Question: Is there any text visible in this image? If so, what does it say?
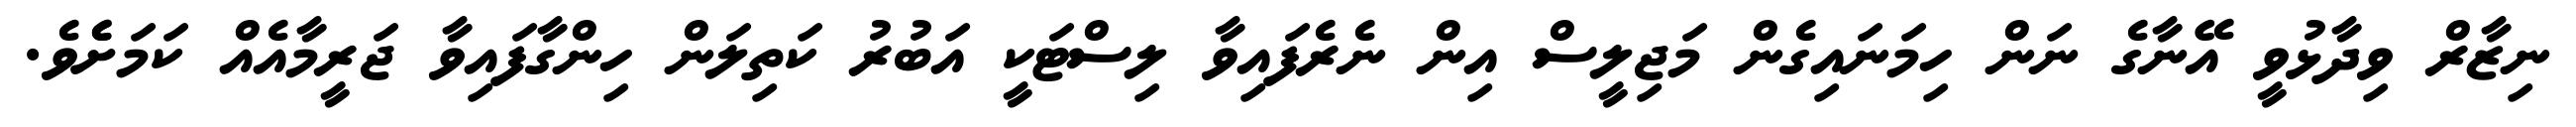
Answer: ނިޒާރް ވިދާޅުވީ އޭނާގެ ނަން ހިމަނައިގެން މަޖިލީސް އިން ނެރެފައިވާ ލިސްޓަކީ އަބުރު ކަތިލަން ހިންގާފައިވާ ޖަރީމާއެއް ކަމަށެެވެ.